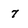
Character: 7